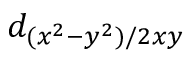
d _ { ( x ^ { 2 } - y ^ { 2 } ) / { 2 x y } }